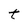
Character: t